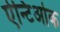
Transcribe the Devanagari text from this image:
ऐन्टिओक